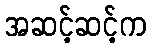
အဆင့်ဆင့်က